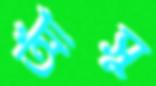
আঁসু